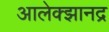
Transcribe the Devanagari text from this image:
आलेक्झानद्र